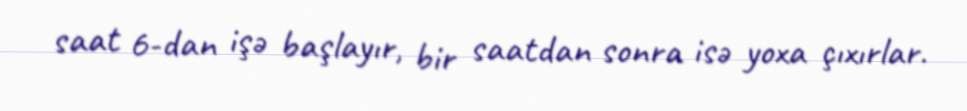
saat 6-dan işə başlayır, bir saatdan sonra isə yoxa çıxırlar.